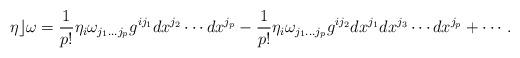
LaTeX: \begin{align*}\eta\rfloor\omega= {1\over p!}\eta_i\omega_{j_1\ldots j_p}g^{ij_1} dx^{j_2}\cdots dx^{j_p} - {1\over p!}\eta_i\omega_{j_1\ldots j_p}g^{ij_2} dx^{j_1}dx^{j_3}\cdots dx^{j_p} + \cdots.\end{align*}